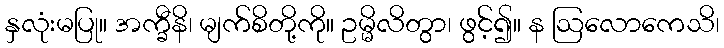
နှလုံးမပြု။ အက္ခီနိ၊ မျက်စိတို့ကို။ ဥမ္မိလိတွာ၊ ဖွင့်၍။ န ဩလောကေသိ၊